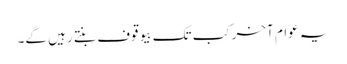
یہ عوام آخرکب تک بیوقوف بنتے رہیں گے۔